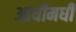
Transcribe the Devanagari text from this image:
आधीमधी